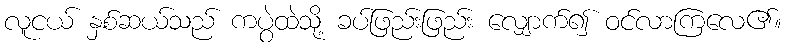
လူငယ် နှစ်ဆယ်သည် ကပွဲထဲသို့ ခပ်ဖြည်းဖြည်း လျှောက်၍ ဝင်လာကြလေ၏။